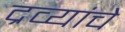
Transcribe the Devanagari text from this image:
द्रव्यांचे